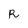
Character: R